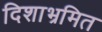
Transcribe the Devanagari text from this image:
दिशाभ्रमित